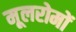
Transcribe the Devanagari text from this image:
मूलरोमों